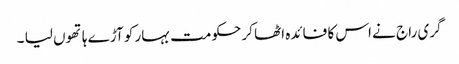
گری راج نے اس کا فائدہ اٹھا کر حکومت بہار کو آڑے ہاتھوں لیا ۔